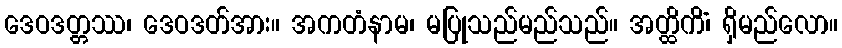
ဒေဝဒတ္တဿ၊ ဒေဝဒတ်အား။ အကတံနာမ၊ မပြုသည်မည်သည်။ အတ္ထိကိံ၊ ရှိမည်လော။